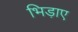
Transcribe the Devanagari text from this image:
भिड़ाए